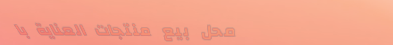
محل بيع منتجات العناية با